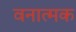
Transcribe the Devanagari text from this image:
वनात्मक